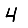
Digit: 4